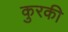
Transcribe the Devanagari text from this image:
कुरकी